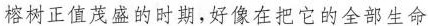
榕树正值茂盛的时期，好像在把它的全部生命